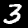
Label: 3